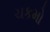
ચકમો